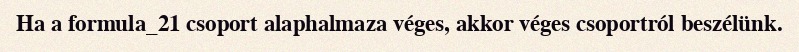
Ha a formula_21 csoport alaphalmaza véges, akkor véges csoportról beszélünk.